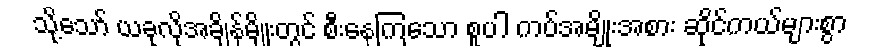
သို့သော် ယခုလိုအချိန်မျိုးတွင် စီးနေကြသော စူပါ ကပ်အမျိုးအစား ဆိုင်ကယ်များစွာ